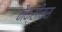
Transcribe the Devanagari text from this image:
मैक्सीमस